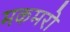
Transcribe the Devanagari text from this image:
मकमरो